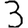
Digit: 3